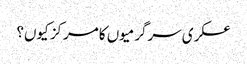
عسکری سرگرمیوں کا مرکز کیوں؟